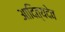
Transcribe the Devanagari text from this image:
आदित्यदेव